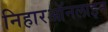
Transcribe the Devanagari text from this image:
निहारऑनलाइन